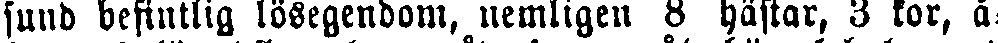
sund befintlig lösegendom, nemligen 8 hästar, 3 kor, å-